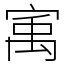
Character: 㝢